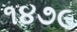
૧૪૭૯